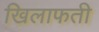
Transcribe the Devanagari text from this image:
खिलाफती